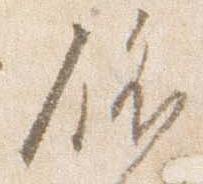
依